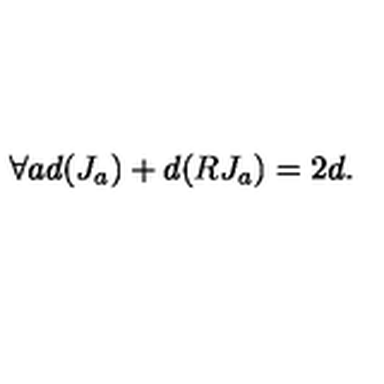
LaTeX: \forall a d ( J _ { a } ) + d ( R J _ { a } ) = 2 d .